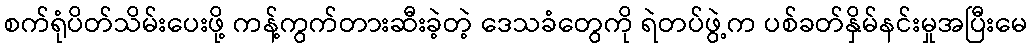
စက်ရုံပိတ်သိမ်းပေးဖို့ ကန့်ကွက်တားဆီးခဲ့တဲ့ ဒေသခံတွေကို ရဲတပ်ဖွဲ့က ပစ်ခတ်နှိမ်နင်းမှုအပြီးမေ